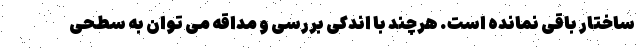
ساختار باقی نمانده است. هرچند با اندکی بررسی و مداقه می توان به سطحی